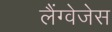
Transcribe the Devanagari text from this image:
लैंग्वेजेस